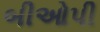
બીઓપી